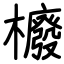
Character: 櫠